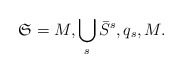
\begin{align*}\mathfrak{S}=M,\bigcup_{s}\bar{S}^{s},q_{s},M. \end{align*}